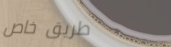
طريق خاص